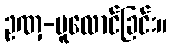
ဥဏှ-ပူလောင်ခြင်း။